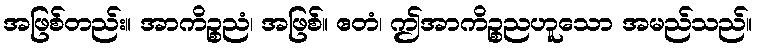
အဖြစ်တည်း။ အာကိဉ္စညံ၊ အဖြစ်။ ဧတံ၊ ဤအာကိဉ္စညဟူသော အမည်သည်။